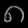
Digit: ၈